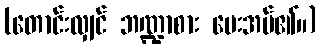
(တောင်းလျှင် ဘဏ္ဍာစား ပေးအပ်၏။)